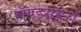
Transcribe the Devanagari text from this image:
लॅण्ड्सबरो